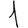
Digit: 1